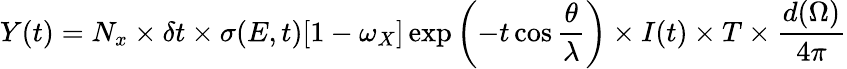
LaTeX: Y(t)=N_{x}\times\delta t\times\sigma(E,t)[1-\omega_{X}]\exp\left(-t\cos{\frac{\theta}{\lambda}}\right)\times I(t)\times T\times{\frac{d(\Omega)}{4\pi}}